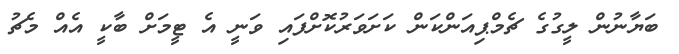
ބަޔާނުން ލީގުގެ ޗެމްޕިއަންކަން ކަށަވަރުކޮށްފައި ވަނީ އެ ޓީމަށް ބާކީ އެއް މެޗު